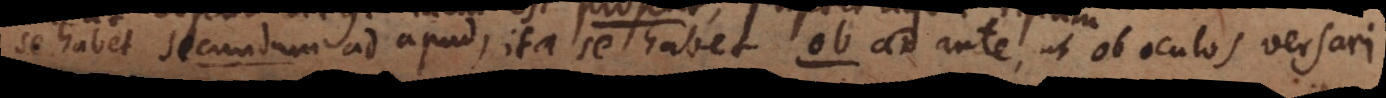
se habet secundum ad apud, ita se habet ob ad ante, ut ob oculos versari